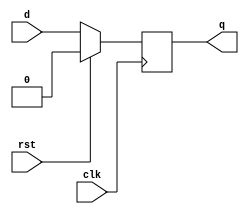
module d_ff(clk,rst,d,q);
  input d;
  input clk,rst;
  output q;
  reg q;
  always@(posedge clk)
  begin
  if(rst==1'b1)
    q<=1'b0;
  else
    q<=d;
  end
endmodule